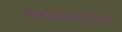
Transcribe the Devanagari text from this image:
नाट्यरसिकांसमोर